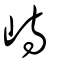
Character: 峙